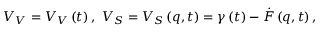
V _ { V } = V _ { V } \left( t \right) , \, \, V _ { S } = V _ { S } \left( q , t \right) = \gamma \left( t \right) - \dot { F } \left( q , t \right) ,